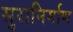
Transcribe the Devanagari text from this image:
सुरानिर्माण